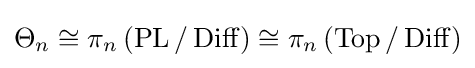
\Theta _{n}\cong \pi _{n}\left(\operatorname {PL} /\operatorname {Diff} \right)\cong \pi _{n}\left(\operatorname {Top} /\operatorname {Diff} \right)